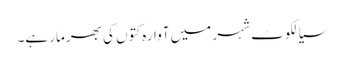
سیالکوٹ شہر میں آوارہ کتوں کی بھرمار ہے۔